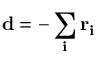
\bf d = - \sum _ { i } \bf r _ { i }